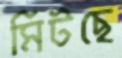
মিটছে